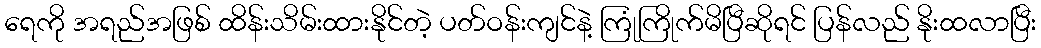
ရေကို အရည်အဖြစ် ထိန်းသိမ်းထားနိုင်တဲ့ ပတ်ဝန်းကျင်နဲ့ ကြုံကြိုက်မိပြီဆိုရင် ပြန်လည် နိုးထလာပြီး